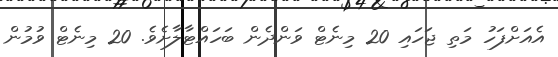
އެއަށްފަހު މަތި ޖަހައި 20 މިނެޓް ވަންދެން ބަހައްޓާލާށެވެ. 20 މިނެޓް ވުމުން